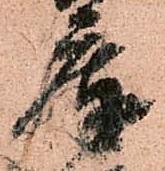
庫